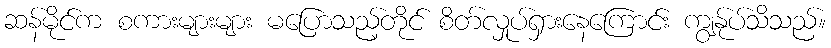
ဆန်မိုင်က စကားများများ မပြောသည့်တိုင် စိတ်လှုပ်ရှားနေကြောင်း ကျွန်ုပ်သိသည်။